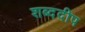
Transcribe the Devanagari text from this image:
शब्ददीप